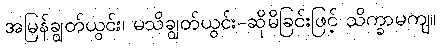
အမြန်ချွတ်ယွင်း၊ မသိချွတ်ယွင်း-ဆိုမိခြင်းဖြင့် သိက္ခာမကျ။